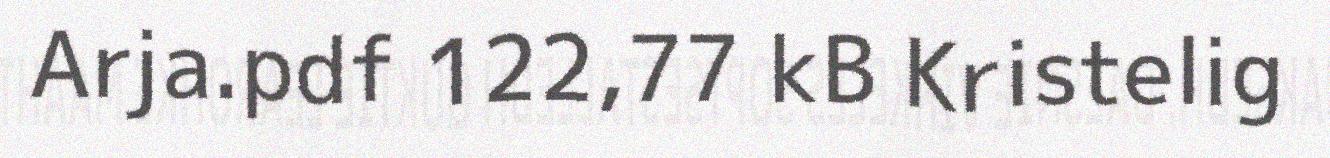
Arja.pdf 122,77 kB Kristelig